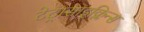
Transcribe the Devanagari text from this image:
टेट्रासाइक्लिन्स